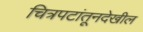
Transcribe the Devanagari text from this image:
चित्रपटांतूनदेखील